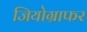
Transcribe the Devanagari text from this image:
जियोग्राफर